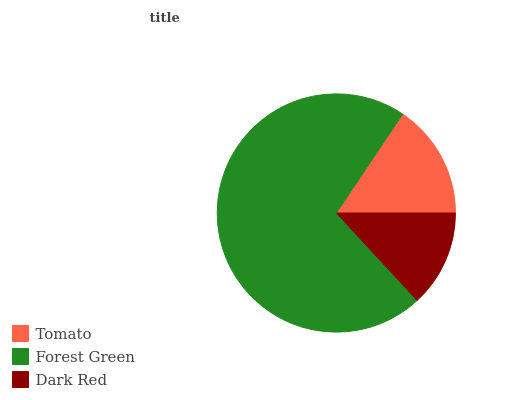
| Tomato | Forest Green | Dark Red |
 | --- | --- | --- |
 | 15.6% | 71.3% | 13.1% |